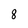
Character: 8